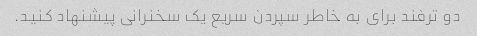
دو ترفند برای به خاطر سپردن سریع یک سخنرانی پیشنهاد کنید.